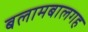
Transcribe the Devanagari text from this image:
बलामबालगह